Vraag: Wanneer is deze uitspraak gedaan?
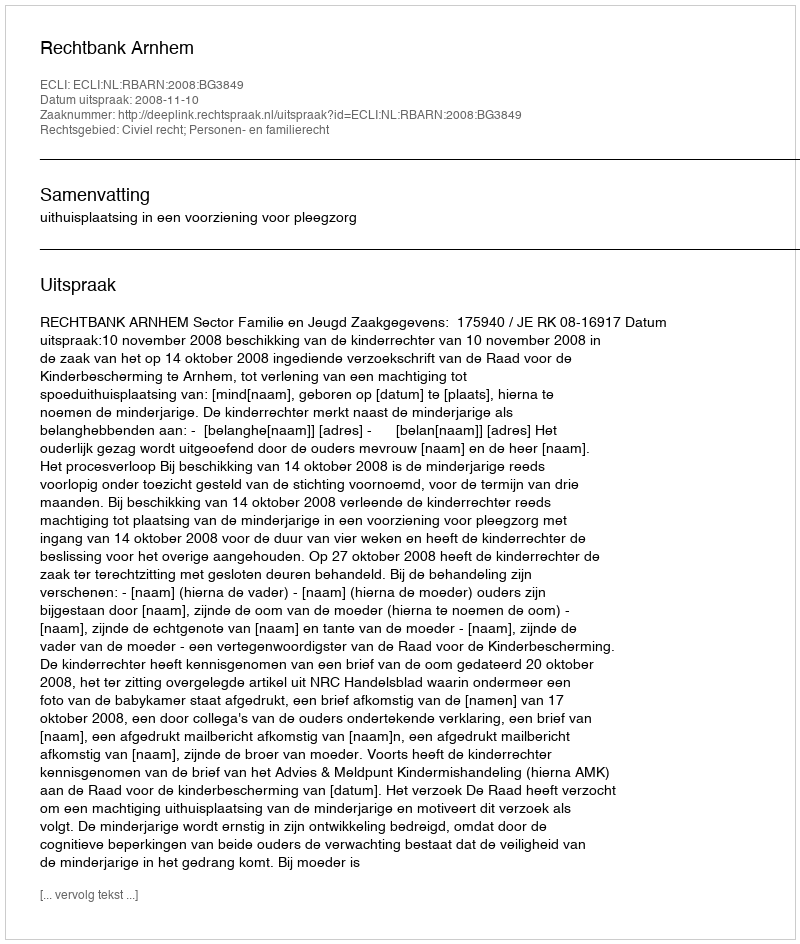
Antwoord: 2008-11-10